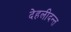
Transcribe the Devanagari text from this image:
देहलीदन्त